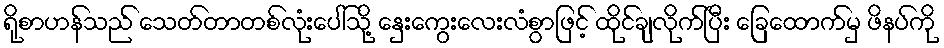
ရိုစာဟန်သည် သေတ်တာတစ်လုံးပေါ်သို့ နှေးကွေးလေးလံစွာဖြင့် ထိုင်ချလိုက်ပြီး ခြေထောက်မှ ဖိနပ်ကို